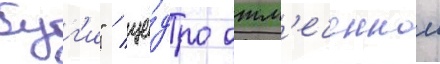
буг'и" / ще́дро отм'еченнои